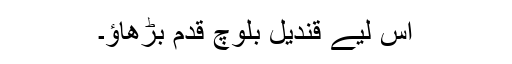
اس لیے قندیل بلوچ قدم بڑھاؤ۔